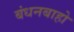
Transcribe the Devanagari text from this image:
बंधनबाहो